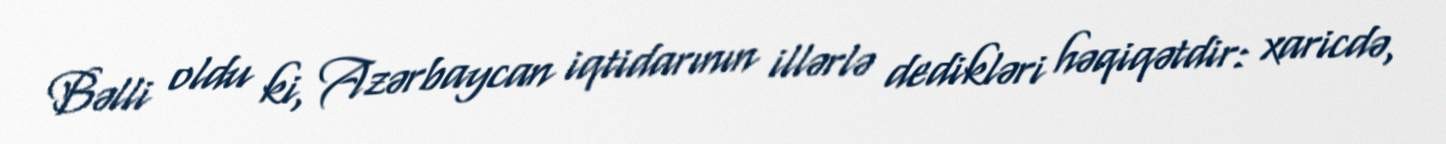
Bəlli oldu ki, Azərbaycan iqtidarının illərlə dedikləri həqiqətdir: xaricdə,